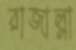
রাজাল্লা